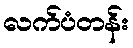
လက်ပံတန်း